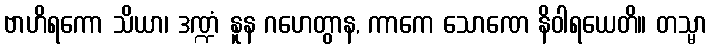
ဗာဟိရကော သိယာ၊ ဒဏ္ဍံ နူန ဂဟေတွာန, ကာကေ သောဏေ နိဝါရယေတိ။ တသ္မာ